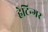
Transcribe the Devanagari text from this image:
हेटिन्गर